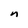
Character: n